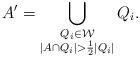
LaTeX: \begin{align*}A'=\bigcup_{\substack{ Q_i\in \mathcal{W}\\ |A\cap Q_i|>\frac{1}{2}|Q_i|}} Q_i.\end{align*}